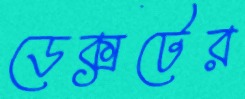
ডেক্সটের